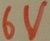
Text: 6V